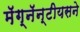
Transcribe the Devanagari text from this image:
मॅग्नॅन्टीयसने